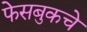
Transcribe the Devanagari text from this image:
फेसबुकचे